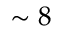
\sim 8